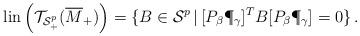
LaTeX: \begin{align*}{\rm lin} \left ( {\cal T}_{{\cal S}_+^p} (\overline{M}_+)\right) =\{B\in {\cal S}^p\, |\, [P_\beta \P_\gamma]^T B [P_\beta \P_\gamma] =0\}\, .\end{align*}%\end{align*}